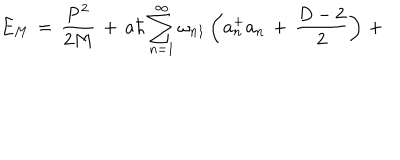
E _ { M } \, = \, \frac { { \bf P } ^ { 2 } } { 2 M } \, + \, a \hbar \sum _ { n = 1 } ^ { \infty } \omega _ { n 1 } \left( { \bf a } _ { n } ^ { + } { \bf a } _ { n } \, + \, \frac { D - 2 } { 2 } \right) \, +